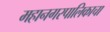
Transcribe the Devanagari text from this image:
महानगरपालिकाचा